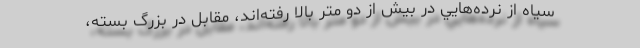
سياه از نرده‌هايي در بيش از دو متر بالا رفته‌اند، مقابل در بزرگ بسته،